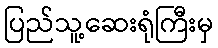
ပြည်သူ့ဆေးရုံကြီးမှ